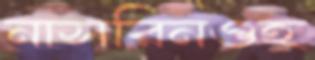
নাসরিনওহ